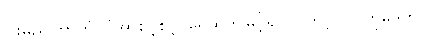
ငါးမည်ကြာတုံ၊ ငုံအာစွင့်စွင့်၊ ရေထက်မြင့်၍၊ လှတင့်ပွပွ၊ ကုမုဒဟု၊